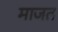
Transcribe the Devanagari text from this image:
माजत